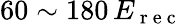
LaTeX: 60\sim 180\, E_{\mathrm{~r~e~c~}}